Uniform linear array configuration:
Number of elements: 8
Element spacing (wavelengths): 0.75
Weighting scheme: hamming
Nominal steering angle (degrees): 45
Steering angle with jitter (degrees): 45.498
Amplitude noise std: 0.05
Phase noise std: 0.05

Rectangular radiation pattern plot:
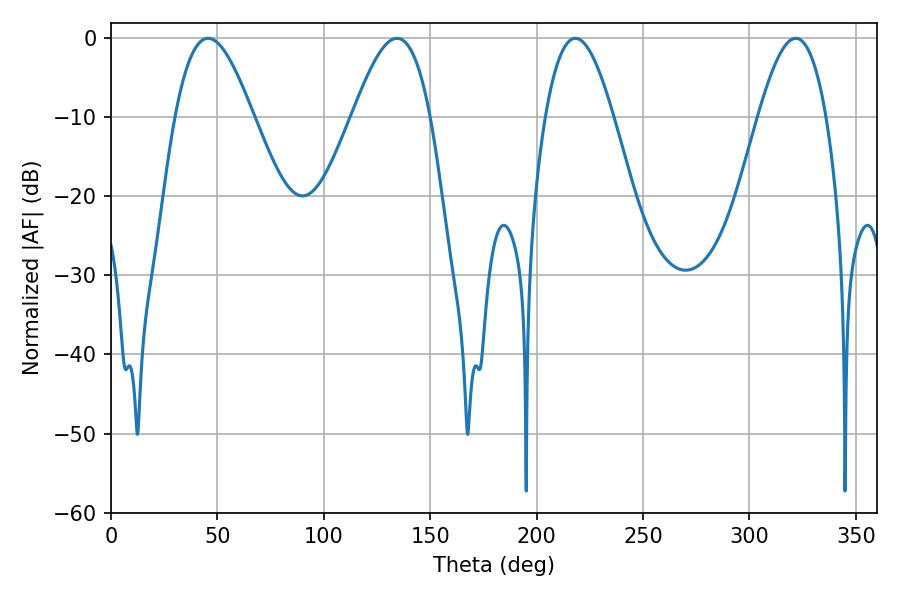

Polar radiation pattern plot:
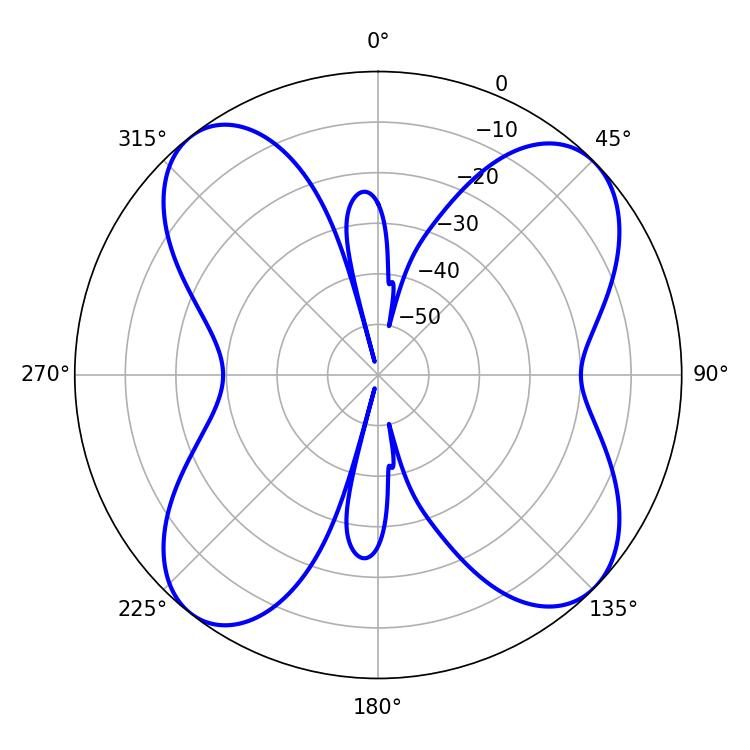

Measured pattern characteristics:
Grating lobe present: TRUE
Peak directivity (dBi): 11.567
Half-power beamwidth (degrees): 17.46
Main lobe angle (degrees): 218.16